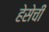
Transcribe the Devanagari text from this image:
हेसेची